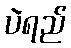
ပဲရည်